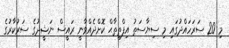
މި 20 ސަރަހައްދުގައި މި ސިޔާސަތު އިފްތިތާޙް ކޮށްދެއްވާނީ ރައީސް ނަޝީދުގެ ސަރުކާރުގެ